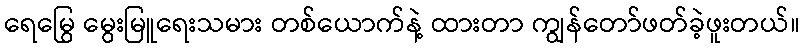
ရေမြွေ မွေးမြူရေးသမား တစ်ယောက်နဲ့ ထားတာ ကျွန်တော်ဖတ်ခဲ့ဖူးတယ်။